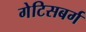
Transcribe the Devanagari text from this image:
गेटिसबर्ग